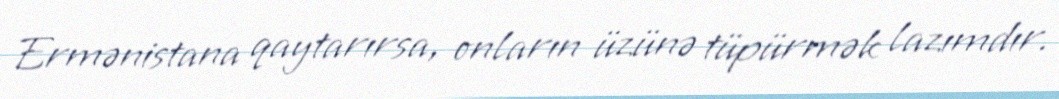
Ermənistana qaytarırsa, onların üzünə tüpürmək lazımdır.